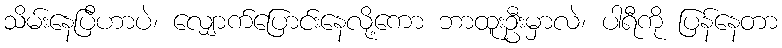
သိမ်းနေပြီဟာပဲ၊ လျှောက်ပြောင်းနေလို့ကော ဘာထူးဦးမှာလဲ၊ ပါရီကို ပြန်နေတာ